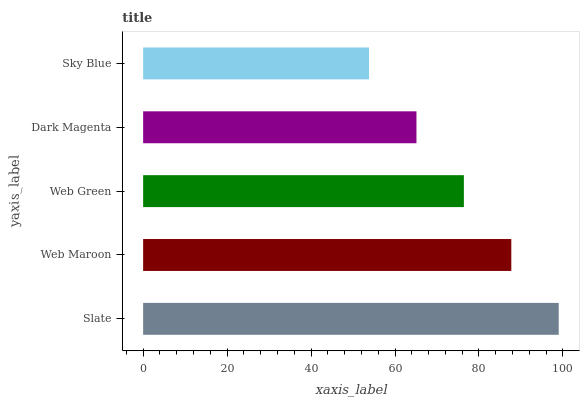
| yaxis_label | bars |
 | --- | --- |
 | Slate | 99 |
 | Web Maroon | 87.7 |
 | Web Green | 76.4 |
 | Dark Magenta | 65.1 |
 | Sky Blue | 53.8 |